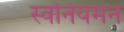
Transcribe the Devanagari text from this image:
स्वनियमन